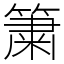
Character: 簘